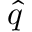
\hat { q }